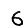
Digit: 6